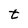
Character: t